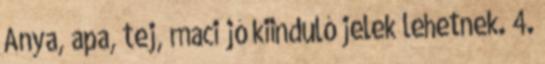
Anya, apa, tej, maci jó kiinduló jelek lehetnek. 4.